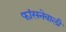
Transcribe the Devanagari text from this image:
फांसनेवाली